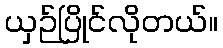
ယှဉ်ပြိုင်လိုတယ်။